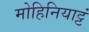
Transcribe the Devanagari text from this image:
मोहिनियाट्टं